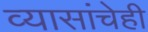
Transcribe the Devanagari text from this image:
व्यासांचेही